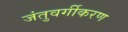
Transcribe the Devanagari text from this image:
जंतुवर्गीकरण